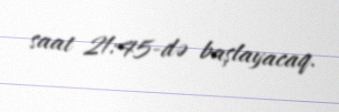
saat 21:45-də başlayacaq.